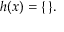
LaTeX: h ( x ) = \{ \, \} .